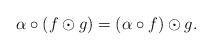
LaTeX: \begin{align*}\alpha\circ (f\odot g)=(\alpha\circ f)\odot g.\end{align*}